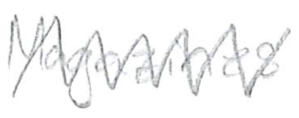
Text: Magazines
Cross-out: zig-zag
Writing tool: pencil